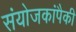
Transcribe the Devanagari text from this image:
संयोजकांपैकी